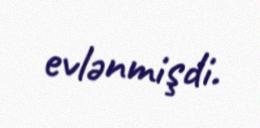
evlənmişdi.